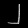
Digit: ၂